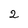
Character: 2